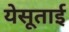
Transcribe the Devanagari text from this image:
येसूताई